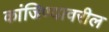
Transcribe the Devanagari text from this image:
कांजिण्यावरील